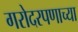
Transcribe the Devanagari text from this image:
गरोदरपणाच्या